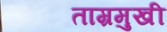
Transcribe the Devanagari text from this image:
ताम्रमुखी